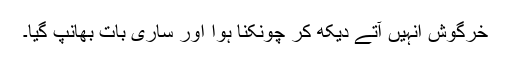
خرگوش انہیں آتے دیکھ کر چونکنا ہوا اور ساری بات بھانپ گیا۔